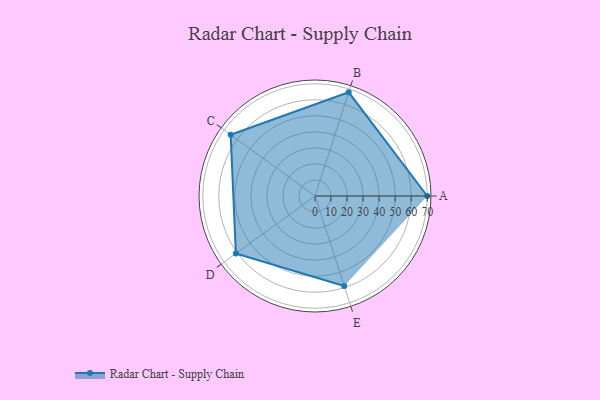
{"axis": {"x": "Skill", "y": "Score"}, "legend": ["Profile"], "data": [{"x": "A", "y": 70.0, "type": "Profile"}, {"x": "B", "y": 68.0, "type": "Profile"}, {"x": "C", "y": 65.0, "type": "Profile"}, {"x": "D", "y": 61.0, "type": "Profile"}, {"x": "E", "y": 59.0, "type": "Profile"}]}